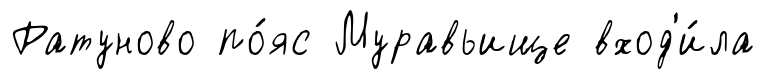
Ратуново по́яс Муравьище вход'и́ла